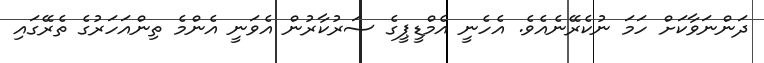
ދަންނަވާކަށް ހަމަ ނުކެރޭނެއެވެ. އެހެނީ އެމްޑީޕީގެ ސަރުކާރުން އެވަނީ އެންމެ ތިންއަހަރުގެ ތެރޭގައި